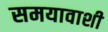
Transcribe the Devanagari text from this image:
समयावाशी